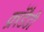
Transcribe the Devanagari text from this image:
क्रॉडैडी